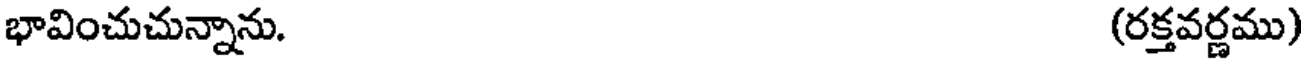
భావించుచున్నాను. (రక్తవర్ణము)